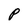
Character: p